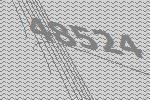
48524